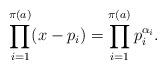
LaTeX: \begin{align*} \prod_{i = 1}^{\pi(a)} (x - p_i) = \prod_{i = 1}^{\pi(a)}p_i^{\alpha_i}. \end{align*}